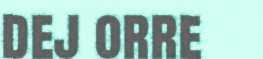
dej orre